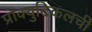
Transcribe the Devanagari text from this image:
प्रोक्युटिकलची